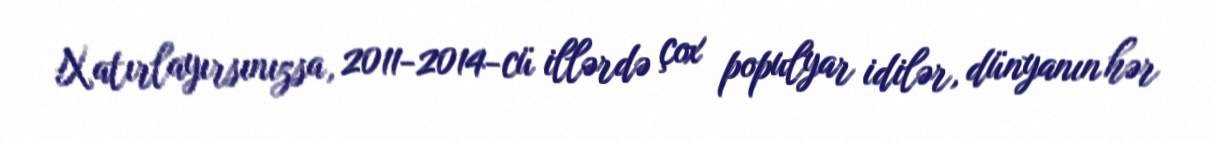
Xatırlayırsınızsa, 2011-2014-cü illərdə çox populyar idilər, dünyanın hər